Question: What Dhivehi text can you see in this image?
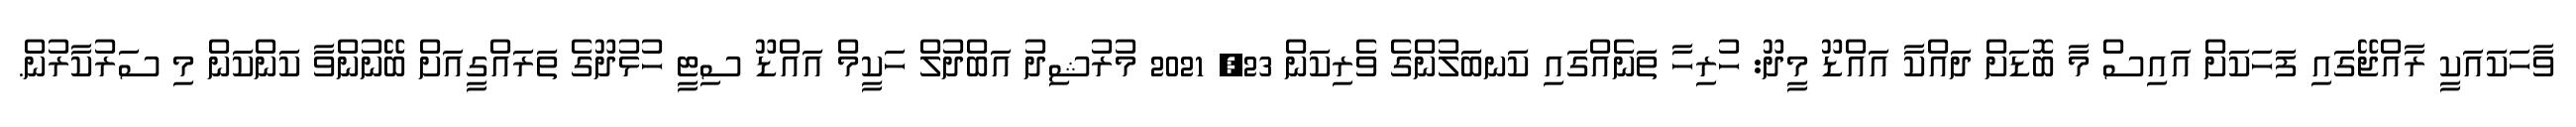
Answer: ވާހަކައަކީ ރާއްޖޭގައި ފަހަކަށް އައިސް މާ ބޮޑަށް ދައްކާ އައްޑޫ މީދޫ: ހުރިހާ ތަނެއްގައި ކަނބަލުންގެ ވެރިކަން 23, 2021 މުރުޝިދު އަބްދުލް ހަކީމް އައްޑޫ ސިޓީ ހުޅުދޫގެ ތަރައްގީއަށް ބޭނުންވާ ކަންކަން މި ސަރުކާރުން.